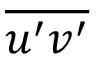
\overline { { u ^ { \prime } v ^ { \prime } } }